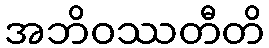
အဘိဝဿတီတိ